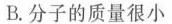
B.分子的质量很小